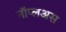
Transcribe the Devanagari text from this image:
नॉप्लअस